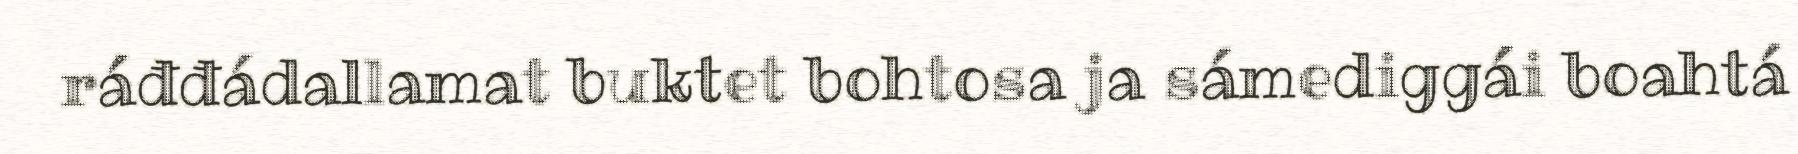
ráđđádallamat buktet bohtosa ja sámediggái boahtá